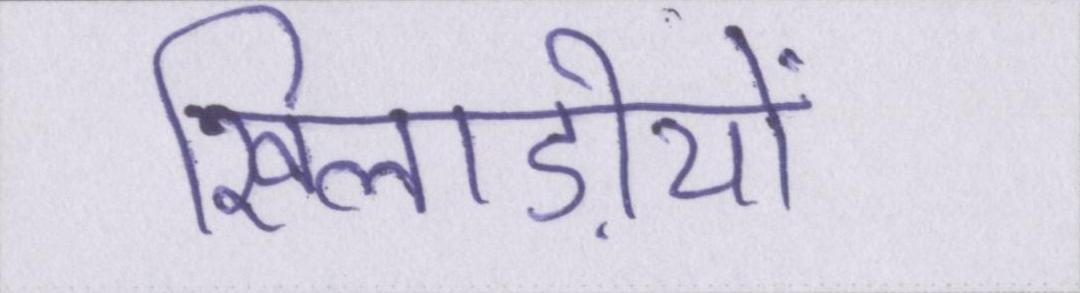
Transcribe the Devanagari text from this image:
खिलाड़ीयों